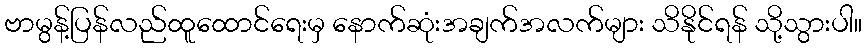
ဗာမွန့်ပြန်လည်ထူထောင်ရေးမှ နောက်ဆုံးအချက်အလက်များ သိနိုင်ရန် သို့သွားပါ။